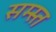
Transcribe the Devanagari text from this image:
सम्स्त